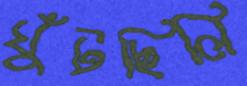
ঘুঁটছিলি